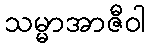
သမ္မာအာဇီဝါ